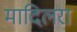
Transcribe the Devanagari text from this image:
मादिलरा